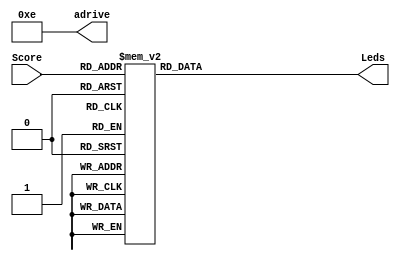
module Score27Seg(Score, Leds, adrive);
	output reg [0:6] Leds = 0;
	output reg [3:0] adrive = 4'b1110;
	input  [2:0] Score;
	
	always@(Score)
	begin
		case(Score)
			3'b000: begin Leds = 7'b000_0001; end//Zero
			3'b001: begin Leds = 7'b100_1111; end//One
			3'b010: begin Leds = 7'b001_0010; end//Two
			3'b011: begin Leds = 7'b000_0110; end//Three
			3'b100: begin Leds = 7'b100_1100; end//Four 
			3'b101: begin Leds = 7'b010_0100; end//Five
			3'b110: begin Leds = 7'b010_0000; end//Six
			3'b111: begin Leds = 7'b000_1111; end//Seven
			default: begin Leds = 7'b111_1111; end//Default: blank if not 0-9 value
		endcase
    end
endmodule